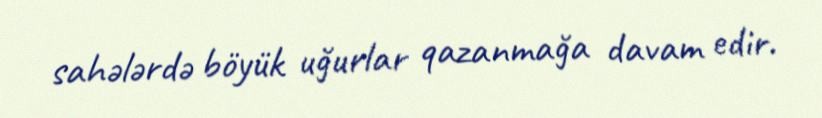
sahələrdə böyük uğurlar qazanmağa davam edir.